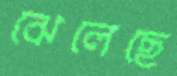
ঝেলেছে